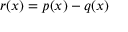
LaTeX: r ( x ) = p ( x ) - q ( x )